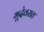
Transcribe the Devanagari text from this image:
भूदेवरात